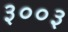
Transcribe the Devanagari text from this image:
३००३